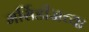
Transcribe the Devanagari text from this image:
मर्सिडीजच्या